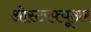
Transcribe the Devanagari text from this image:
ओस्टरफ्यूअर